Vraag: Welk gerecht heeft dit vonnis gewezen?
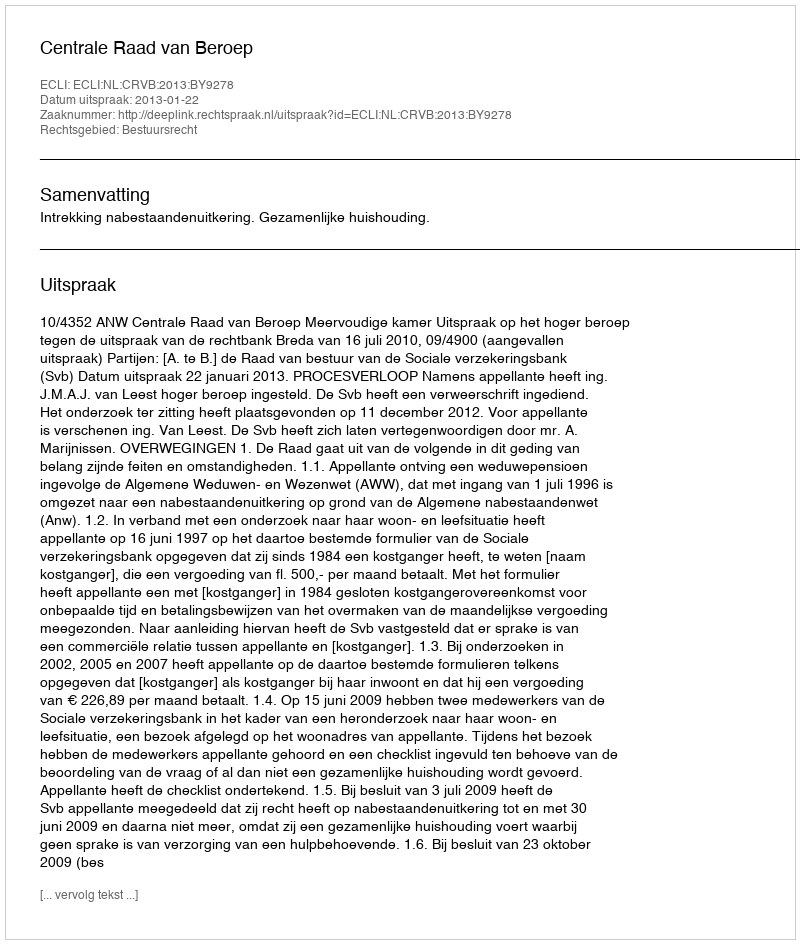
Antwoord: Centrale Raad van Beroep